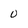
Character: 0